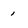
Character: 1